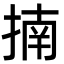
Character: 揇